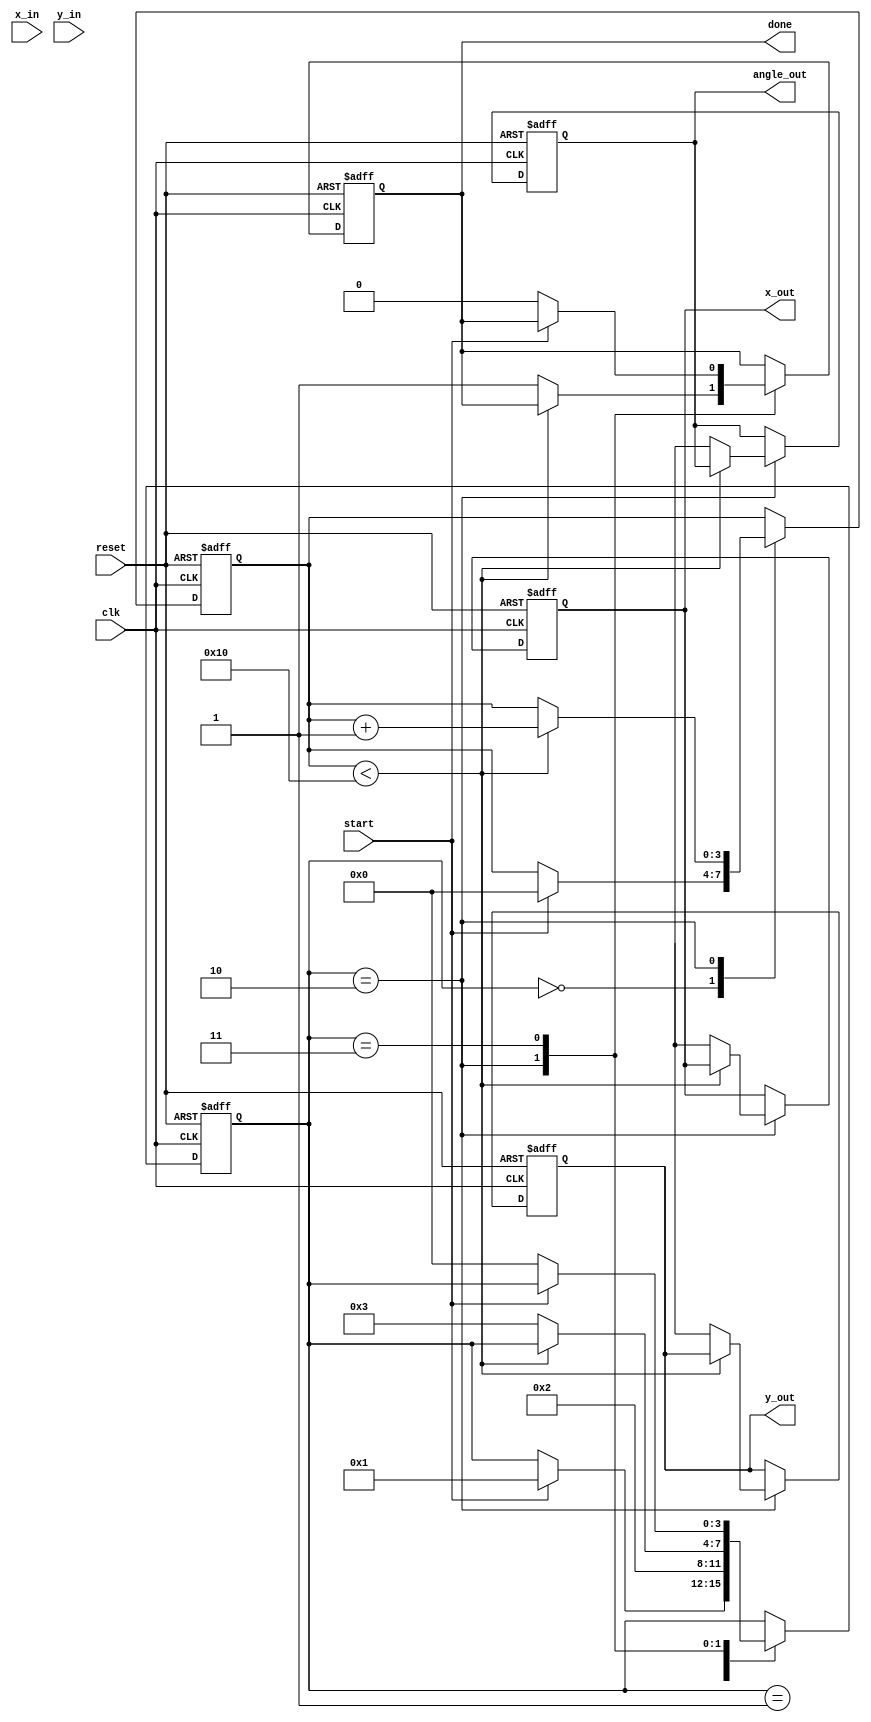
module vectoring_cordic #(
    parameter DATA_WIDTH = 16,
    parameter ITERATIONS = 16
)(
    input wire clk,
    input wire reset,
    input wire start,
    input wire signed [DATA_WIDTH-1:0] x_in,
    input wire signed [DATA_WIDTH-1:0] y_in,
    output reg signed [DATA_WIDTH-1:0] x_out,
    output reg signed [DATA_WIDTH-1:0] y_out,
    output reg signed [DATA_WIDTH-1:0] angle_out,
    output reg done
);

    // Internal signals
    reg signed [DATA_WIDTH-1:0] x [0:ITERATIONS-1];
    reg signed [DATA_WIDTH-1:0] y [0:ITERATIONS-1];
    reg signed [DATA_WIDTH-1:0] angle [0:ITERATIONS-1];
    reg [3:0] iteration_count;
    reg [3:0] state;

    // CORDIC gain factor (approximation for 16 iterations)
    localparam signed [DATA_WIDTH-1:0] K = 16'h26DD; // Scaling factor

    // Angle lookup table for CORDIC
    reg signed [DATA_WIDTH-1:0] atan_table [0:ITERATIONS-1];
    initial begin
        atan_table[0] = 16'h2000; // atan(2^-0)
        atan_table[1] = 16'h1000; // atan(2^-1)
        atan_table[2] = 16'h0800; // atan(2^-2)
        atan_table[3] = 16'h0400; // atan(2^-3)
        atan_table[4] = 16'h0200; // atan(2^-4)
        atan_table[5] = 16'h0100; // atan(2^-5)
        atan_table[6] = 16'h0080; // atan(2^-6)
        atan_table[7] = 16'h0040; // atan(2^-7)
        atan_table[8] = 16'h0020; // atan(2^-8)
        atan_table[9] = 16'h0010; // atan(2^-9)
        atan_table[10] = 16'h0008; // atan(2^-10)
        atan_table[11] = 16'h0004; // atan(2^-11)
        atan_table[12] = 16'h0002; // atan(2^-12)
        atan_table[13] = 16'h0001; // atan(2^-13)
        atan_table[14] = 16'h0000; // atan(2^-14)
        atan_table[15] = 16'hFFFF; // atan(2^-15)
    end

    // State machine for control
    localparam IDLE = 0, INIT = 1, ITERATE = 2, DONE = 3;

    always @(posedge clk or posedge reset) begin
        if (reset) begin
            state <= IDLE;
            done <= 0;
            iteration_count <= 0;
            x_out <= 0;
            y_out <= 0;
            angle_out <= 0;
        end else begin
            case (state)
                IDLE: begin
                    if (start) begin
                        // Initialize values
                        x[0] <= x_in;
                        y[0] <= y_in;
                        angle[0] <= 0;
                        iteration_count <= 0;
                        state <= INIT;
                    end
                end
                INIT: begin
                    // Start iterations
                    state <= ITERATE;
                end
                ITERATE: begin
                    if (iteration_count < ITERATIONS) begin
                        // Perform CORDIC rotation
                        if (y[iteration_count] < 0) begin
                            x[iteration_count + 1] <= x[iteration_count] + (y[iteration_count] >>> iteration_count);
                            y[iteration_count + 1] <= y[iteration_count] + (x[iteration_count] >>> iteration_count);
                            angle[iteration_count + 1] <= angle[iteration_count] - atan_table[iteration_count];
                        end else begin
                            x[iteration_count + 1] <= x[iteration_count] - (y[iteration_count] >>> iteration_count);
                            y[iteration_count + 1] <= y[iteration_count] - (x[iteration_count] >>> iteration_count);
                            angle[iteration_count + 1] <= angle[iteration_count] + atan_table[iteration_count];
                        end
                        iteration_count <= iteration_count + 1;
                    end else begin
                        // Final output
                        x_out <= x[ITERATIONS];
                        y_out <= y[ITERATIONS];
                        angle_out <= angle[ITERATIONS];
                        done <= 1;
                        state <= DONE;
                    end
                end
                DONE: begin
                    if (!start) begin
                        done <= 0;
                        state <= IDLE;
                    end
                end
            endcase
        end
    end
endmodule